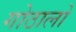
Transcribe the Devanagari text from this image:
गोठालो